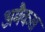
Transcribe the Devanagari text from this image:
अमैकस